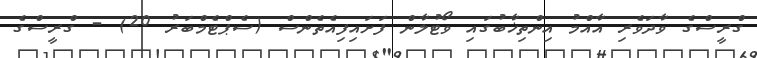
ގްރީސްގެ ވާދަވެރި އާއްމު އިންތިޚާބުގައި ވޯޓުލާން ފަށައިފިއެތެންސް (ސެޕްޓެމްބަރު 20) - ގްރީސްގެ